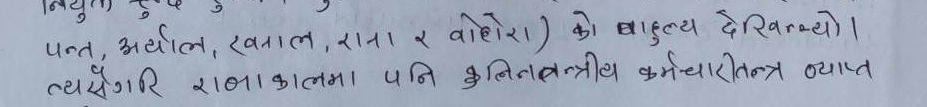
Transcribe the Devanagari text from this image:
पन्त, अर्याल, खनाल, राना र वोहारा) को बाहुल्य देखिन्थ्यो।
त्यसैगरे राजधानीमा पनि कुलीनतन्त्रीय कर्मचारीतन्त्र व्याप्त